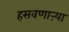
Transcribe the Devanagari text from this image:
हसवणाऱ्या